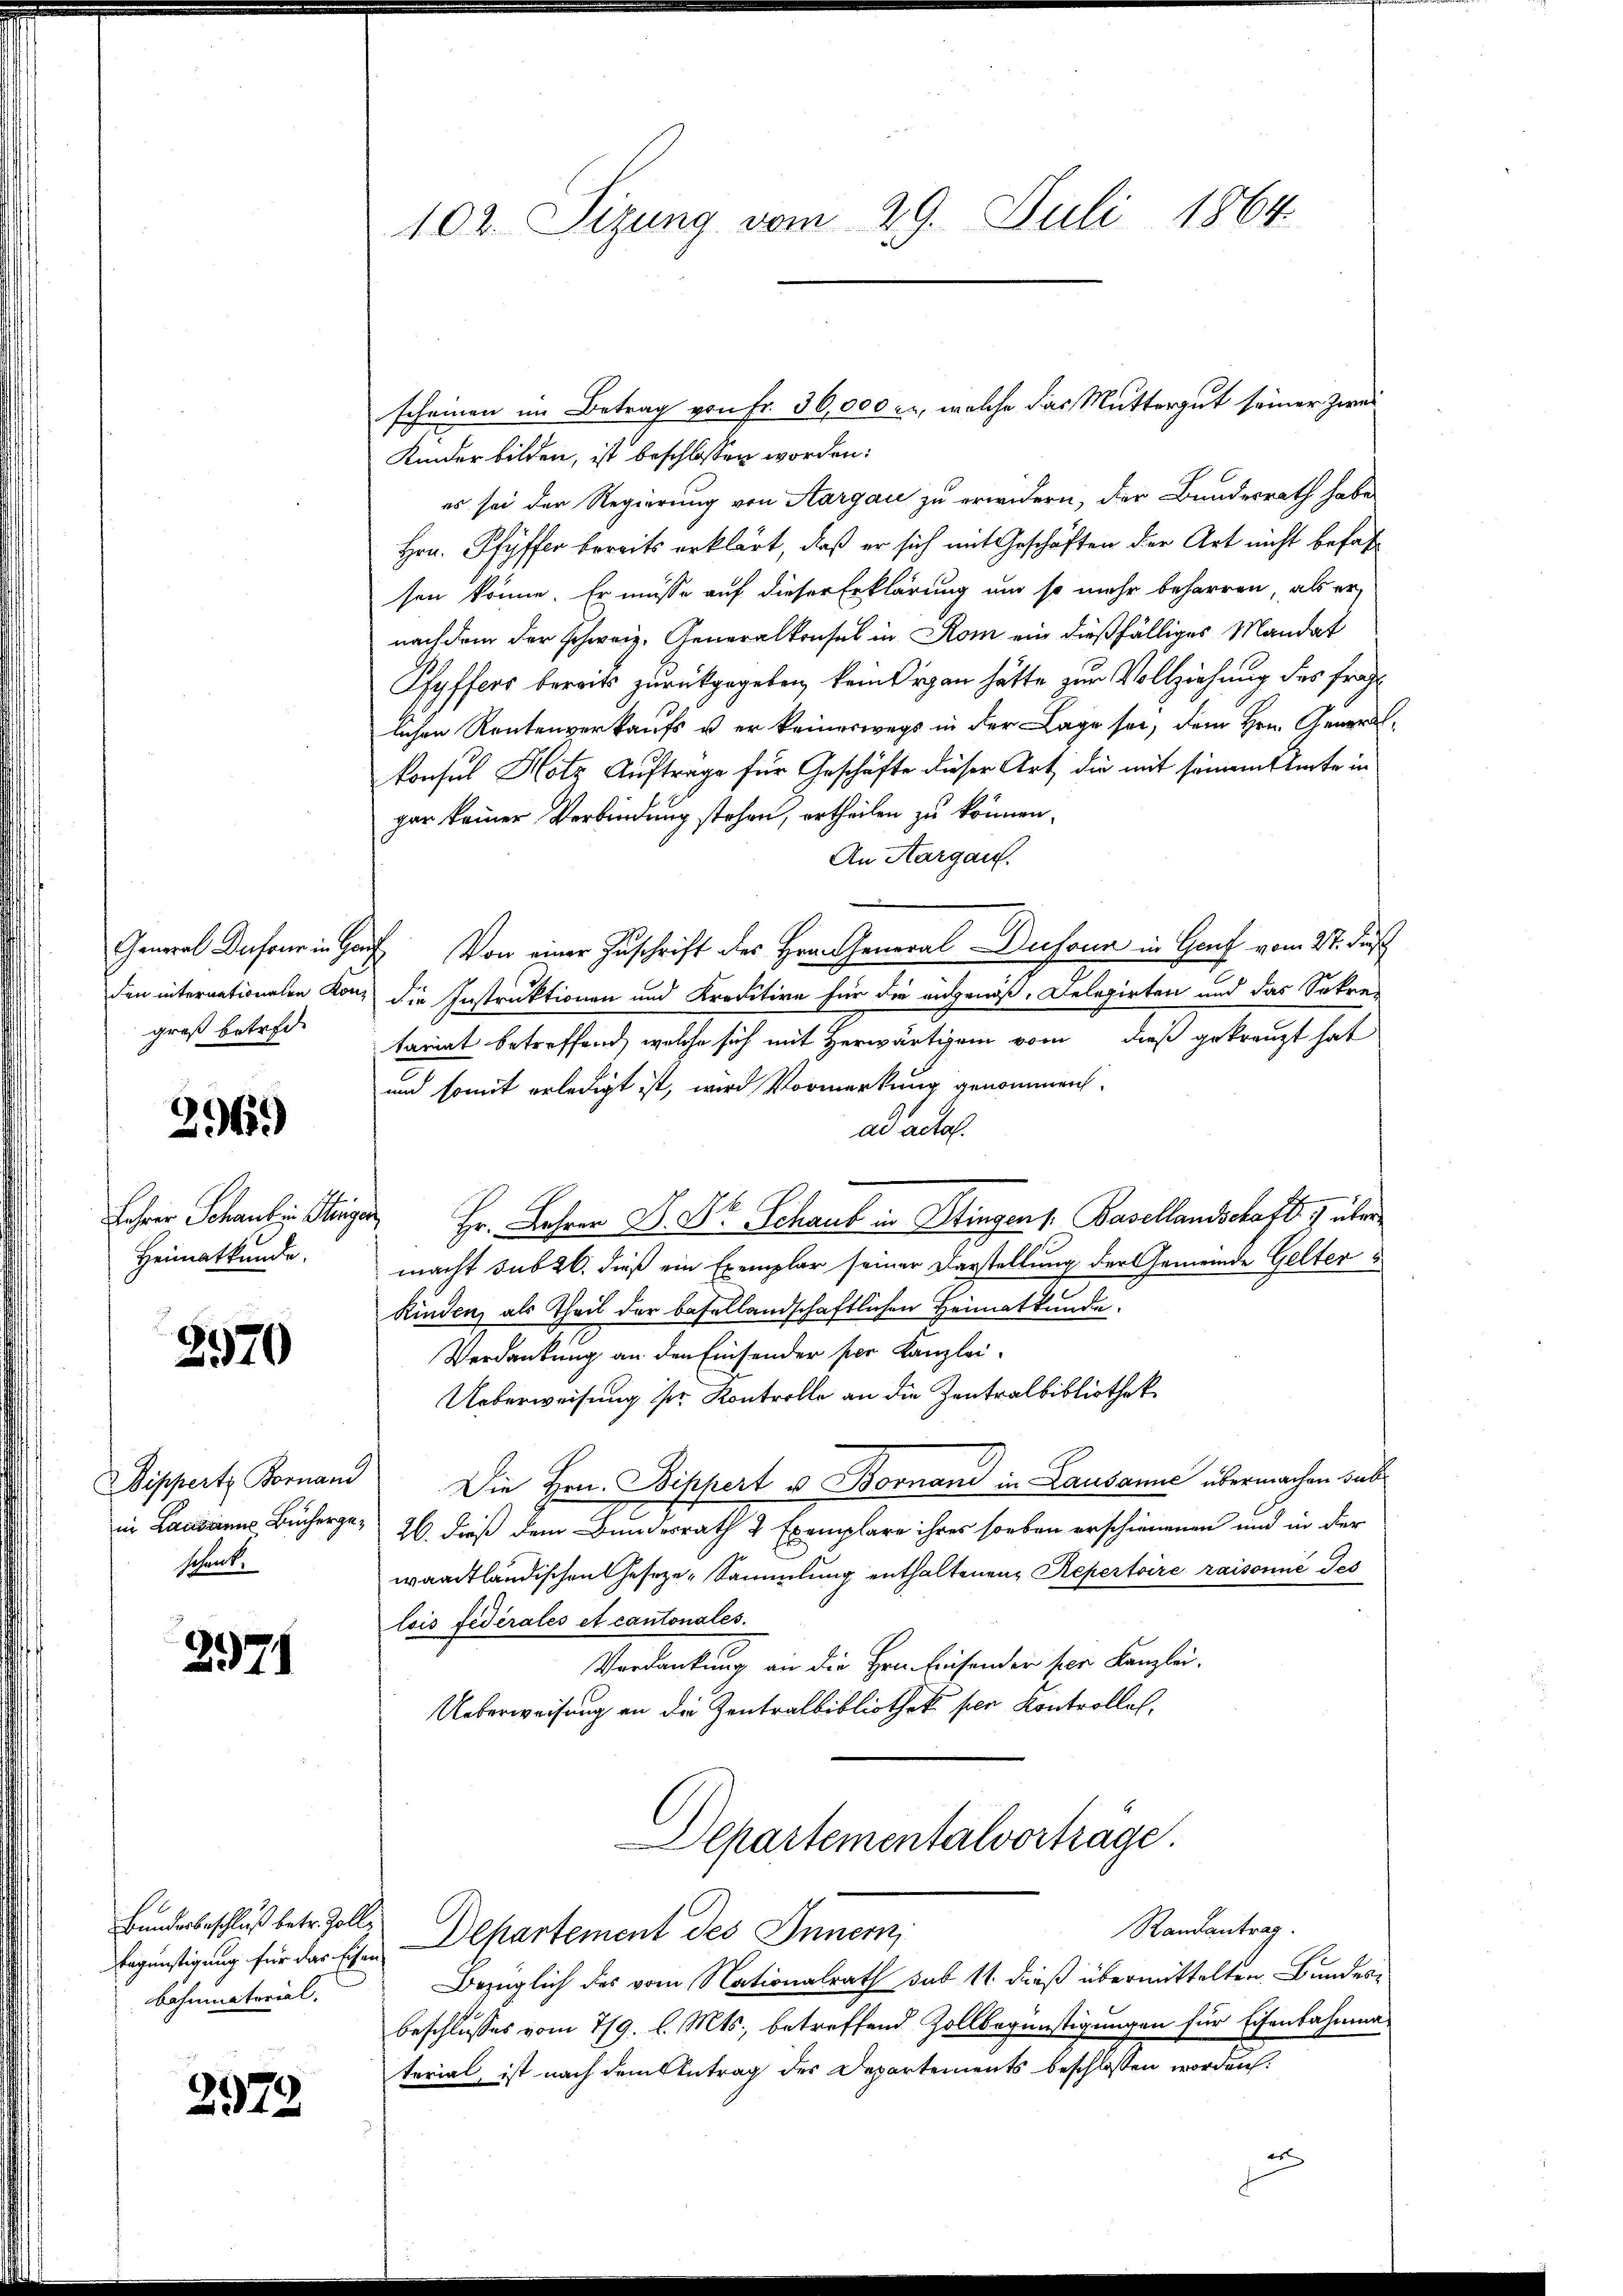
General Dufour in Ge
den internationalen Kon
groß betref¬
296.
Jahren Schaus in Sturz
Heimatkunde.

2570

Bipperte Bornani
schenk.

2971

Begünstigung für das Eisen.
bahnmaterial.

2979

102. Sizung vom 29. Juli 1864

Kinder bilden, ist beschlossen worden:
es sei der Regierung von Aargau zu erwidern, der Bundesrath habe
Hrn. Pfyffer bereits erklärt, daß er sich mit Geschäften der Art nicht befassen könne. Er müsse auf dieser Erklärung und so mehr beharren, als er
nachdem der schweiz. Generalkonsul in Rom ein dießfälliges Mandat
Pfyffers bereits zurückgegeben, kein Organ hätte zur Vollziehung des fragl
lichen Rentenverkaufs u er keineswegs in der Lage sei, dem Hrn. Generalkonsul Hotz Auftrage für Geschäfte dieser Art, die mit seinem Amte in
gar keiner Verbindung stehen, ertheilen zu können.
An Aargau.
auf. Von einer Zuschrift des Hrnn General Dusona in Genf vom 27. Jus
u die Instruktionen und Kreditire für die angenoß, Delegirten und das Sokre-
tariat betreffend, welche sich mit Herwärtigem vom dieß gekränzt hat
und somit erledigt ist, wird Vormerkung genommen.
ad acta.
 Hr. Lehrer D. Dr. Schaub in Stingen s. Basellandschaft 1 übermacht sub 26. dieß ein Exemplar seiner Darstellung der Gemeinde Gelter
Kinden, als Theil der basellandschaftlichen Heimatkunde.
Verdankung an den Einsender per Kanzlei-
Ueberweisung ser Kontrolle an die Zentralbibliothek
Die Hrn. Bippert u. Bornand in Lausanić übermachen sub
in Landann Bücherge- 26. dieß dem Bundesrath 2 Exemplare ihres soeben erschienenen und in der
waadtländischen Geseze-Sammlung enthaltenen Repertoire raisonne Tes
lois fédérales et cantonales.
Verdankung an die Hern hausender sein Kanzlei
Ueberweisung an die Zentralbibliothek per Kontrolles,
Departementalvorträge.
Randantrag.
Bundesbeschluß betr. Zolle Departement des Innern,
Bezüglich des vom Nationalrath sub 11 dieß übermittelten Bundern
beschlusses vom 7/9. l. Mts., betreffend Zollbegünstigungen für Eisenbahnma-
terial, ist nach dem Antrag des Departements beschlossen worden.
e

scheinen im Betrag von Fr. 30,000 l., welche das Muttergut seiner Zwei